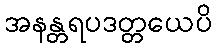
အနန္တရပဒတ္တယေပိ